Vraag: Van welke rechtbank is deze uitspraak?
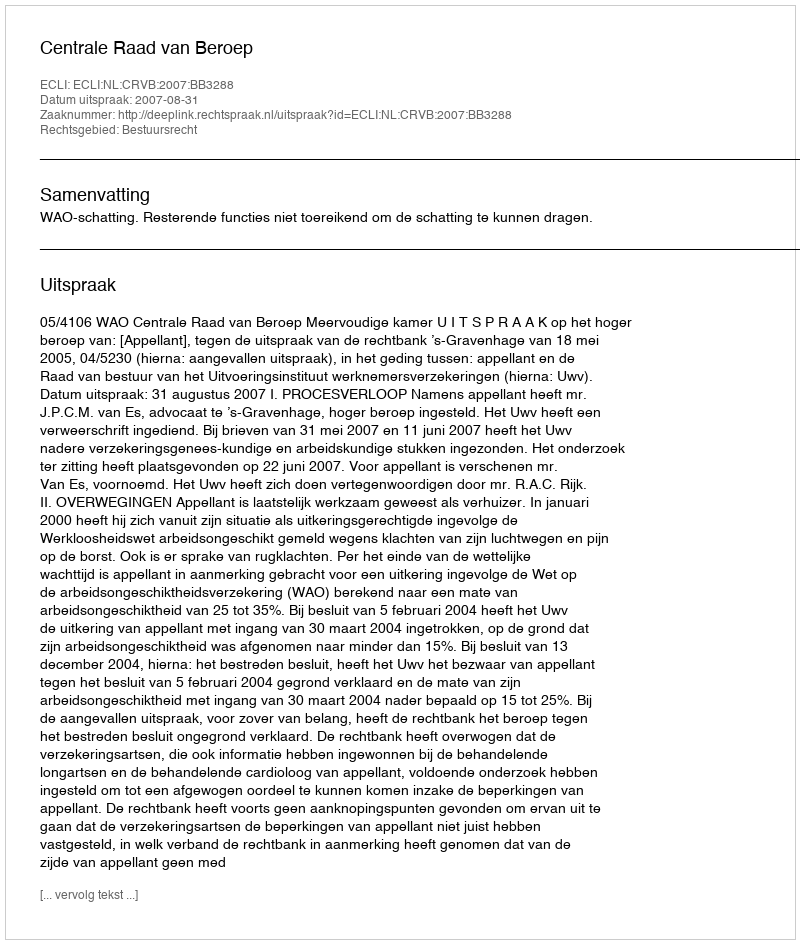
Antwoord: Centrale Raad van Beroep